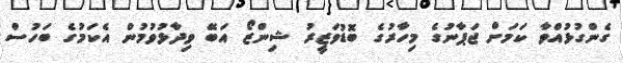
ގެންގުޅުއްވާ ކަމަށް ޖަޕާނުގެ މިހާރުގެ ބޮޑުވަޒީރު ޝިންޒޯ އަބޭ ވިދާޅުވުމުން އެކަމުގެ ބަހުސް